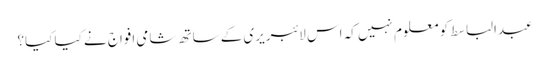
عبدالباسط کو معلوم نہیں کہ اس لائبریری کے ساتھ شامی افواج نے کیا کیا؟